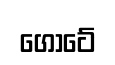
ගෝටේ